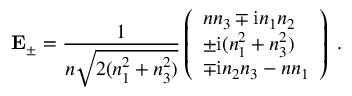
\mathbf { E } _ { \pm } = \frac { 1 } { n \sqrt { 2 ( n _ { 1 } ^ { 2 } + n _ { 3 } ^ { 2 } ) } } \left( \begin{array} { l } { n n _ { 3 } \mp \mathrm { i } n _ { 1 } n _ { 2 } } \\ { \pm \mathrm { i } ( n _ { 1 } ^ { 2 } + n _ { 3 } ^ { 2 } ) } \\ { \mp \mathrm { i } n _ { 2 } n _ { 3 } - n n _ { 1 } } \end{array} \right) \; .